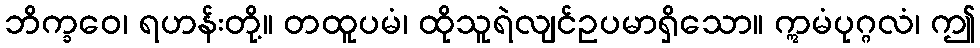
ဘိက္ခဝေ၊ ရဟန်းတို့။ တထူပမံ၊ ထိုသူရဲလျင်ဥပမာရှိသော။ ဣမံပုဂ္ဂလံ၊ ဤ